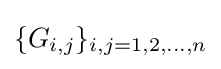
\{G_{i,j}\}_{i,j=1,2,\dots ,n}